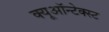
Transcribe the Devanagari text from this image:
क्यूऑन्टेक्स्ट